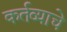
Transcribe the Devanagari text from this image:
कर्तव्याचे